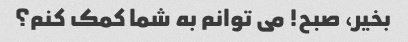
بخیر، صبح! می توانم به شما کمک کنم؟